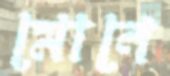
মোনে